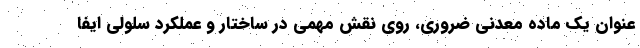
عنوان یک ماده معدنی ضروری، روی نقش مهمی در ساختار و عملکرد سلولی ایفا